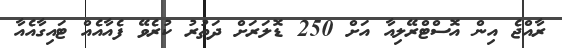
ރާއްޖެ އިން އޮސްޓްރޭލިއާ އަށް 250 ޑޮލަރަށް ދަތުރު ކުރެވޭ ފެއާއެއް ޓައިގާއެއާ